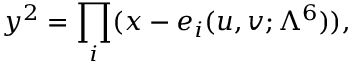
y ^ { 2 } = \prod _ { i } ( x - e _ { i } ( u , v ; \Lambda ^ { 6 } ) ) ,